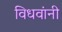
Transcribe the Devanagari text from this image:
विधवांनी